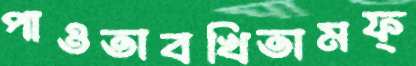
পাওতাবখিতামফ্